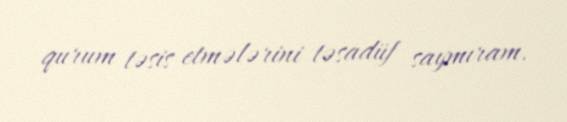
qurum təsis etmələrini təsadüf saymıram.